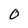
Character: O